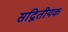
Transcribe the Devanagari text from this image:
सद्वितीयक